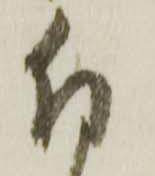
付